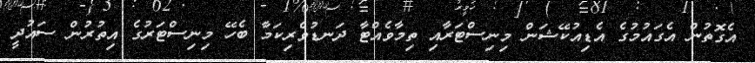
އެގޮތުން އެގައުމުގެ އެޑިއުކޭޝަން މިނިސްޓަރާއި ތިމާވެއްޓާ ދަނޑުވެރިކަމާ ބެހޭ މިނިސްޓަރުގެ އިތުރުން ސައުދީ